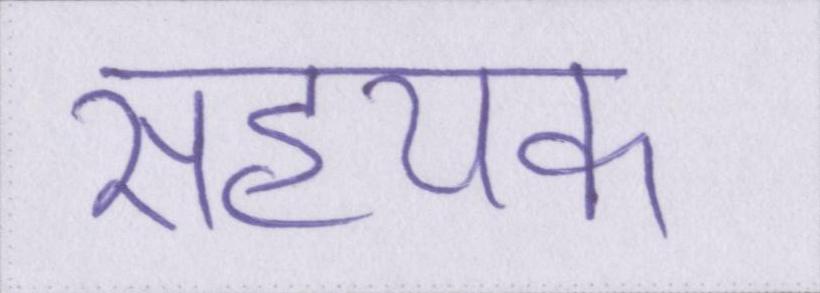
सहयक